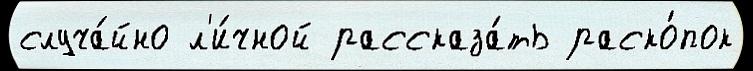
случа́йно л'и́чной рассказа́ть раско́пок